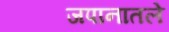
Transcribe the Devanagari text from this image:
जपानातले